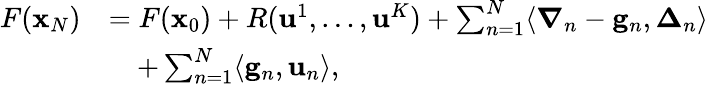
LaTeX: \begin{array}{rl}{F({\mathbf x}_{N})}&{=F({\mathbf x}_{0})+R(\mathbf{u}^{1},\dots,\mathbf{u}^{K})+\sum_{n=1}^{N}\langle{\boldsymbol\nabla}_{n}-\mathbf{g}_{n},{\boldsymbol\Delta}_{n}\rangle}\\ &{\quad+\sum_{n=1}^{N}\langle\mathbf{g}_{n},\mathbf{u}_{n}\rangle,}\end{array}